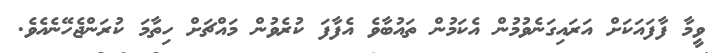
ވީމާ ފާފައަކަށް އަރައިގަނެވުމުން އެކަމުން ތައުބާވެ އެފާފަ ކުރެވުން މައްޗަށް ހިތާމަ ކުރަންޖެހޭނެއެވެ.